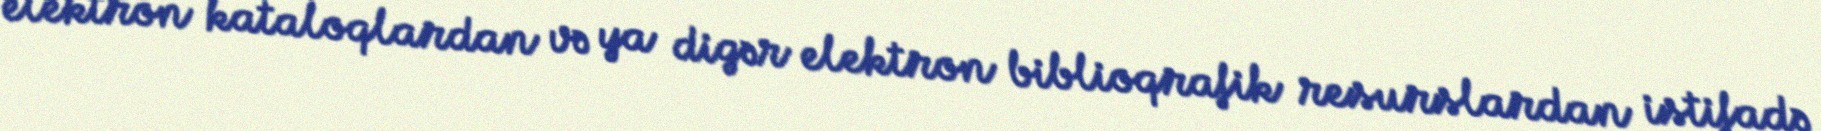
elektron kataloqlardan və ya digər elektron biblioqrafik resurslardan istifadə